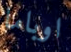
اوباما